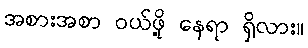
အစားအစာ ဝယ်ဖို့ နေရာ ရှိလား။